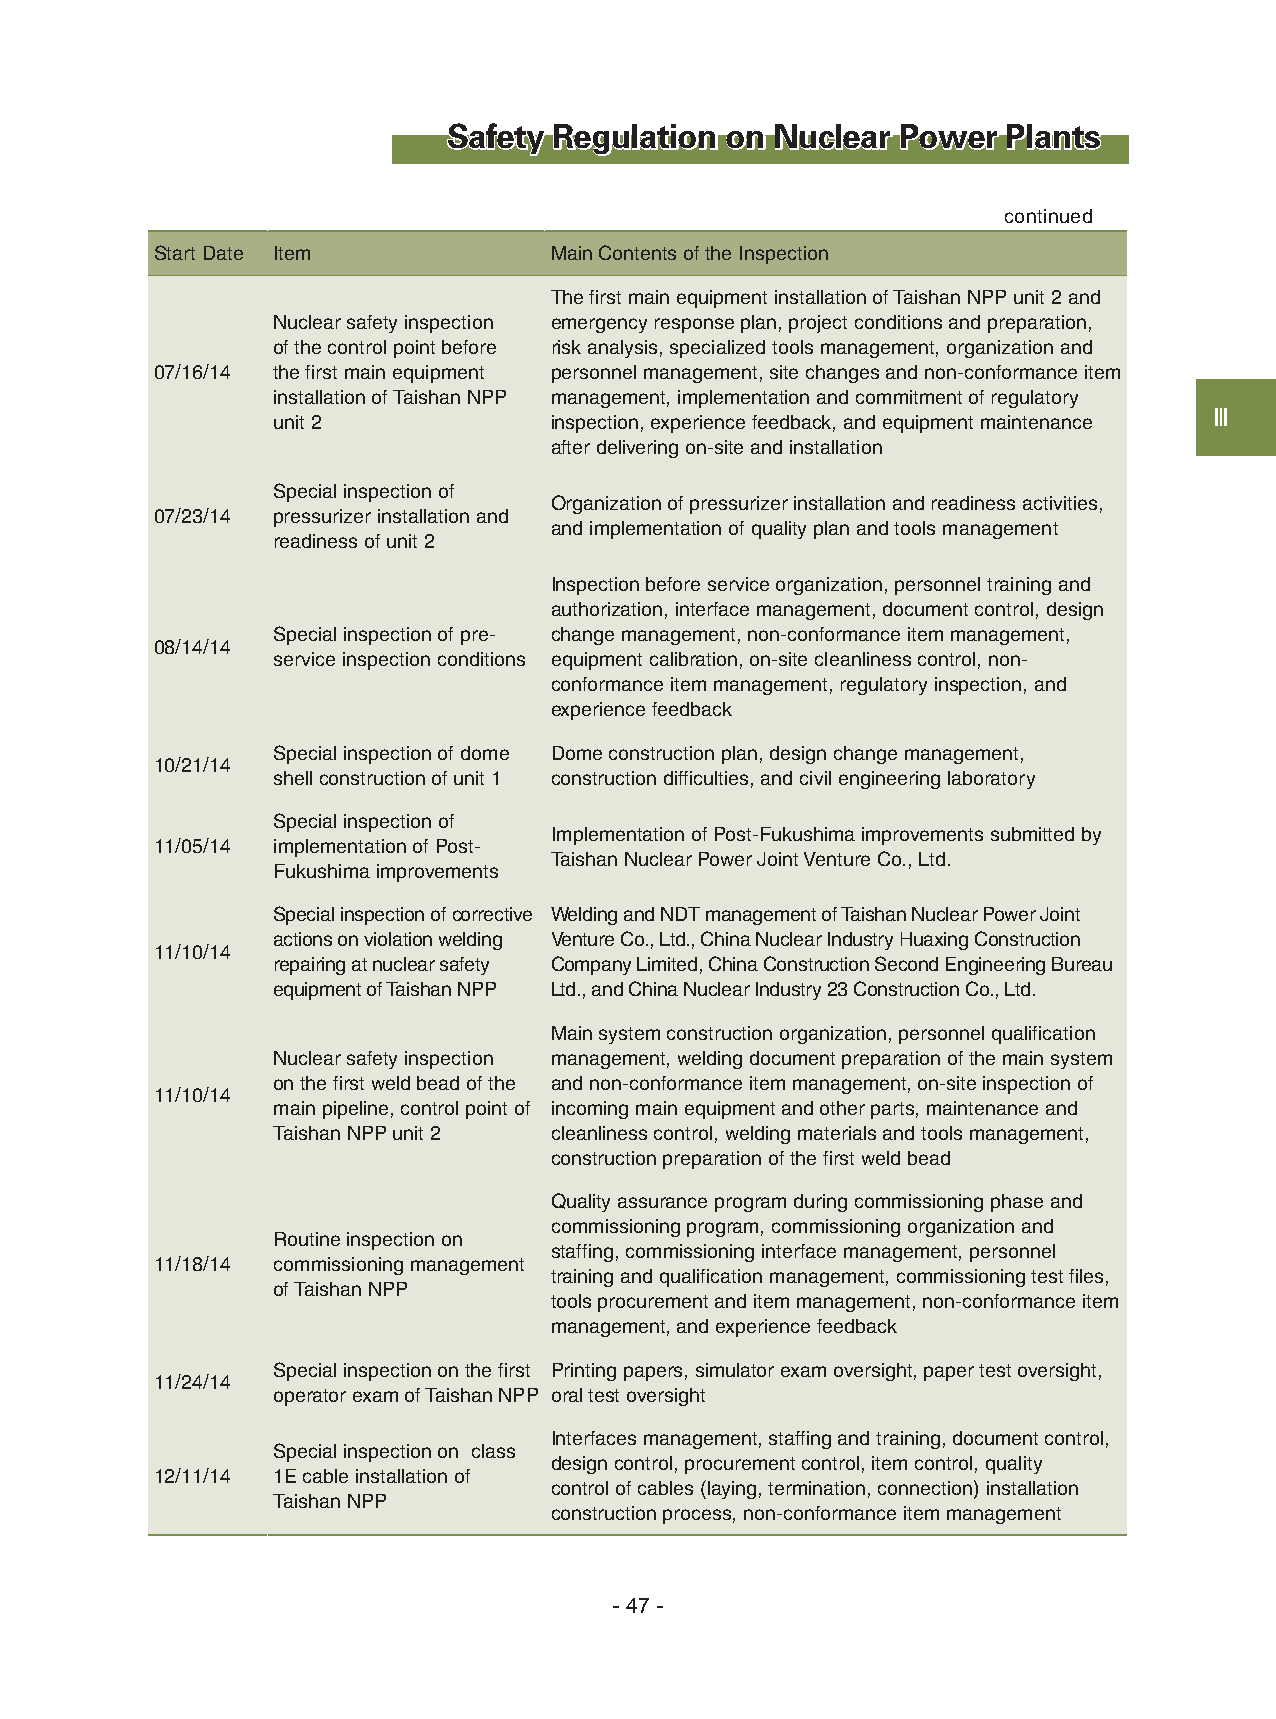
Safety Regulation on Nuclear  Power  Plants
 continued
 Start Date Item           Main Contents of the Inspection
 The first main equipment installation of Taishan NPP unit 2 and
 Nuclear safety inspection emergency response plan, project conditions and preparation,
 of the control point before risk analysis, specialized tools management, organization and
 07/16/14 the first main equipment personnel management, site changes and non-conformance item
 installation of Taishan NPP management, implementation and commitment of regulatory
 unit 2            inspection, experience feedback, and equipment maintenance Ⅲ
 after delivering on-site and installation
 Special inspection of
 Organization of pressurizer installation and readiness activities,
 07/23/14 pressurizer installation and
 and implementation of quality plan and tools management
 readiness of unit 2
 Inspection before service organization, personnel training and
 authorization, interface management, document control, design
 Special inspection of pre- change management, non-conformance item management,
 08/14/14
 service inspection conditions equipment calibration, on-site cleanliness control, non-
 conformance item management, regulatory inspection, and
 experience feedback
 Special inspection of dome Dome construction plan, design change management,
 10/21/14
 shell construction of unit 1 construction difficulties, and civil engineering laboratory
 Special inspection of
 Implementation of Post-Fukushima improvements submitted by
 11/05/14 implementation of Post-
 Taishan Nuclear Power Joint Venture Co., Ltd.
 Fukushima improvements
 Special inspection of corrective Welding and NDT management of Taishan Nuclear Power Joint
 actions on violation welding Venture Co., Ltd., China Nuclear Industry Huaxing Construction
 11/10/14
 repairing at nuclear safety Company Limited, China Construction Second Engineering Bureau
 equipment of Taishan NPP Ltd., and China Nuclear Industry 23 Construction Co., Ltd.
 Main system construction organization, personnel qualification
 Nuclear safety inspection management, welding document preparation of the main system
 on the first weld bead of the and non-conformance item management, on-site inspection of
 11/10/14
 main pipeline, control point of incoming main equipment and other parts, maintenance and
 Taishan NPP unit 2 cleanliness control, welding materials and tools management,
 construction preparation of the first weld bead
 Quality assurance program during commissioning phase and
 commissioning program, commissioning organization and
 Routine inspection on
 staffing, commissioning interface management, personnel
 11/18/14 commissioning management
 training and qualification management, commissioning test files,
 of Taishan NPP
 tools procurement and item management, non-conformance item
 management, and experience feedback
 Special inspection on the first Printing papers, simulator exam oversight, paper test oversight,
 11/24/14
 operator exam of Taishan NPP oral test oversight
 Interfaces management, staffing and training, document control,
 Special inspection on class
 design control, procurement control, item control, quality
 12/11/14 1E cable installation of
 control of cables (laying, termination, connection) installation
 Taishan NPP
 construction process, non-conformance item management
 - 47 -